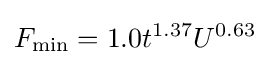
F_{\text{min}}=1.0t^{1.37}U^{0.63}